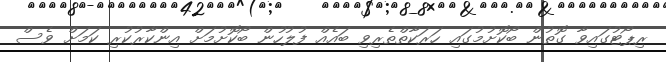
ރިޕޯޓުގައިވާ ގޮތުން ބޯކޮށުމުގައި ހަރަކާތްތެރިވި ބައެއް ފުލުހުން ބޯކޮށުމަށް އިންކާރުކުރި ކަމަށް ވެސް